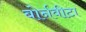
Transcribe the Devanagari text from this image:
बोर्नवीटा